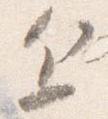
近